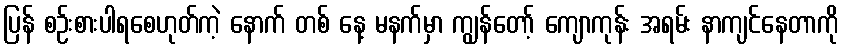
ပြန် စဉ်းစားပါရစေဟုတ်ကဲ့ နောက် တစ် နေ့ မနက်မှာ ကျွန်တော့် ကျောကုန်း အရမ်း နာကျင်နေတာကို